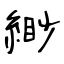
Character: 緲